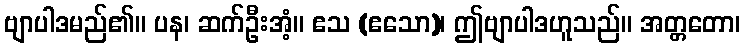
ဗျာပါဒမည်၏။ ပန၊ ဆက်ဦးအံ့။ ဧသ (ဧသော)၊ ဤဗျာပါဒဟူသည်။ အတ္တတော၊